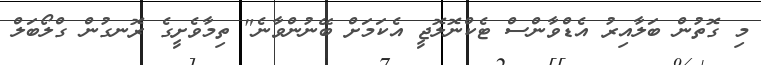
މި ގޮތުން ބަލާއިރު އެޑްވާންސް ޓެކްނޮލޮޖީ އެކަމަށް ބޭނުންވާނެ" ތިމާވެށީގެ ރޮނގުން ގްލޯބަލް